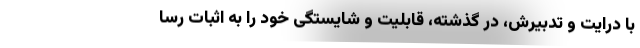
با درایت و تدبیرش، در گذشته، قابلیت و شایستگی خود را به اثبات رسا